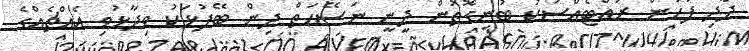
ދާދި ފަހުން ރައްޓެއްސަކު ބުނިގޮތުން ދީނީ ނަސޭހަތް ދިން ބޭފުޅަކު ވިދާޅުވި އެއްޗެއްގެ